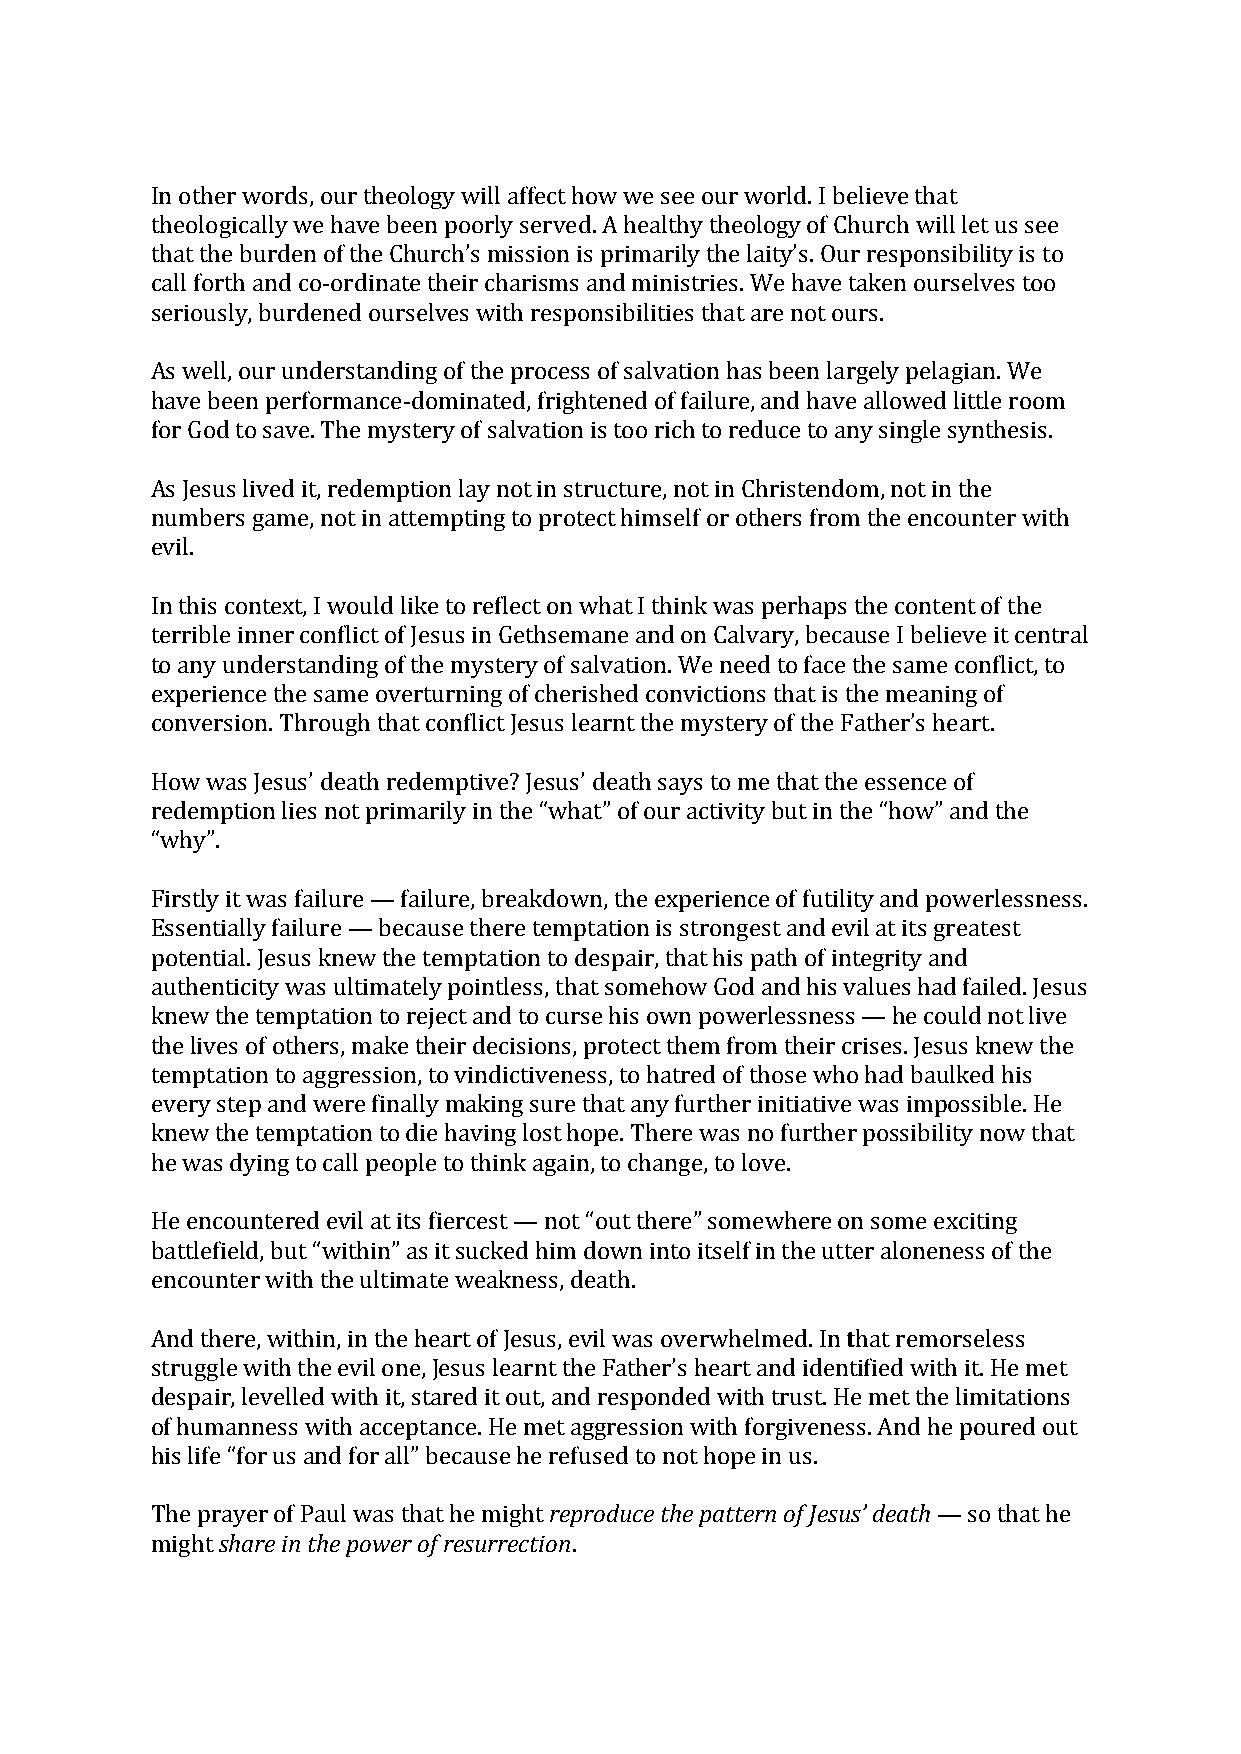
In other words, our theology will affect how we see our world. I believe that
 theologically we have been poorly served. A healthy theology of Church will let us see
 that the burden of the Church’s mission is primarily the laity’s. Our responsibility is to
 call forth and co-­‐ordinate their charisms and ministries. We have taken ourselves too
 seriously, burdened ourselves with responsibilities that are not ours.
 As well, our understanding of the process of salvation has been largely pelagian. We
 have been performance-­‐dominated, frightened of failure, and have allowed little room
 for God to save. The mystery of salvation is too rich to reduce to any single synthesis.
 As Jesus lived it, redemption lay not in structure, not in Christendom, not in the
 numbers game, not in attempting to protect himself or others from the encounter with
 evil.
 In this context, I would like to reflect on what I think was perhaps the content of the
 terrible inner conflict of Jesus in Gethsemane and on Calvary, because I believe it central
 to any understanding of the mystery of salvation. We need to face the same conflict, to
 experience the same overturning of cherished convictions that is the meaning of
 conversion. Through that conflict Jesus learnt the mystery of the Father’s heart.
 How was Jesus’ death redemptive? Jesus’ death says to me that the essence of
 redemption lies not primarily in the “what” of our activity but in the “how” and the
 “why”.
 Firstly it was failure — failure, breakdown, the experience of futility and powerlessness.
 Essentially failure — because there temptation is strongest and evil at its greatest
 potential. Jesus knew the temptation to despair, that his path of integrity and
 authenticity was ultimately pointless, that somehow God and his values had failed. Jesus
 knew the temptation to reject and to curse his own powerlessness — he could not live
 the lives of others, make their decisions, protect them from their crises. Jesus knew the
 temptation to aggression, to vindictiveness, to hatred of those who had baulked his
 every step and were finally making sure that any further initiative was impossible. He
 knew the temptation to die having lost hope. There was no further possibility now that
 he was dying to call people to think again, to change, to love.
 He encountered evil at its fiercest — not “out there” somewhere on some exciting
 battlefield, but “within” as it sucked him down into itself in the utter aloneness of the
 encounter with the ultimate weakness, death.
 And there, within, in the heart of Jesus, evil was overwhelmed. In that remorseless
 struggle with the evil one, Jesus learnt the Father’s heart and identified with it. He met
 despair, levelled with it, stared it out, and responded with trust. He met the limitations
 of humanness with acceptance. He met aggression with forgiveness. And he poured out
 his life “for us and for all” because he refused to not hope in us.
 The prayer of Paul was that he might reproduce the pattern of Jesus’ death — so that he
 might share in the power of resurrection.